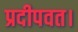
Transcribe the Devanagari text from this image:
प्रदीपवत।